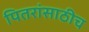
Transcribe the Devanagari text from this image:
पितरांसाठीच